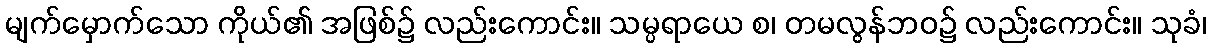
မျက်မှောက်သော ကိုယ်၏ အဖြစ်၌ လည်းကောင်း။ သမ္ပရာယေ စ၊ တမလွန်ဘဝ၌ လည်းကောင်း။ သုခံ၊